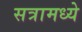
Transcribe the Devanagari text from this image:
सत्रामध्ये